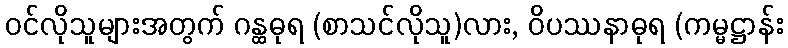
ဝင်လိုသူများအတွက် ဂန္ထဓုရ (စာသင်လိုသူ)လား, ဝိပဿနာဓုရ (ကမ္မဋ္ဌာန်း